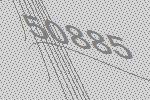
50885